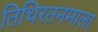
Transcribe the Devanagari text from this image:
तिथिरतनमाला